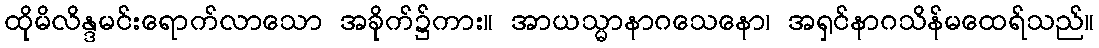
ထိုမိလိန္ဒမင်းရောက်လာသော အခိုက်၌ကား။ အာယသ္မာနာဂသေနော၊ အရှင်နာဂသိန်မထေရ်သည်။